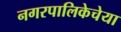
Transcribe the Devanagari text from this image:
नगरपालिकेचेया